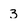
Character: 3